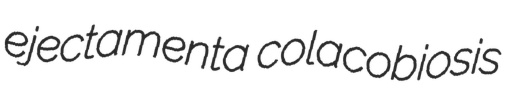
ejectamenta colacobiosis